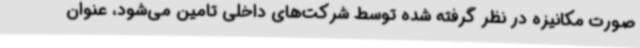
صورت مکانیزه در نظر گرفته‌ شده توسط شرکت‌های داخلی تامین می‌شود، عنوان